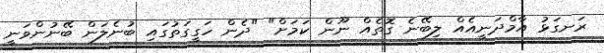
ރަނގަޅު އާމްދަނީއެއް ލިބޭނެ ގޮތެއް ނޫން ކަމަށް" "ދެން ހަގީގަތުގައި ބުނެލަން ބޭނުންވަނީ